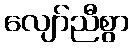
လျော်ညီစွာ